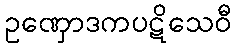
ဥဏှောဒကပဋိသေဝီ